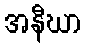
အနီဃာ